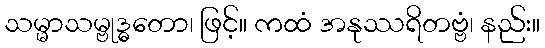
သမ္မာသမ္ဗုဒ္ဓတော၊ ဖြင့်။ ကထံ အနုဿရိတဗ္ဗံ၊ နည်း။